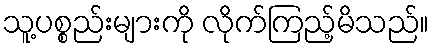
သူ့ပစ္စည်းများကို လိုက်ကြည့်မိသည်။